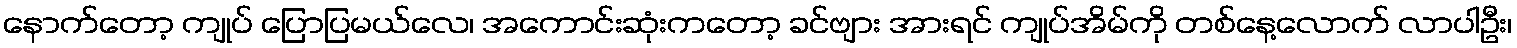
နောက်တော့ ကျုပ် ပြောပြမယ်လေ၊ အကောင်းဆုံးကတော့ ခင်ဗျား အားရင် ကျုပ်အိမ်ကို တစ်နေ့လောက် လာပါဦး၊